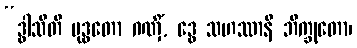
“ဒွါသီတိ ဗုဒ္ဓတော ဂဏှိံ, ဒွေ သဟဿာနိ ဘိက္ခုတော၊